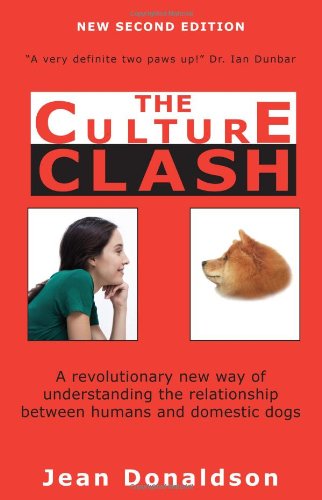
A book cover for Culture Clash; Jean Donaldson; Crafts, Hobbies & Home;